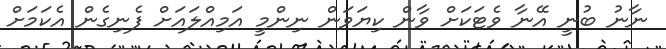
ނާނު ބުނީ އޭނާ ވެޓަކަށް ވާން ކިޔަވަން ނިންމީ އަމިއްލައަށް ފެނިގެން އެކަމަށް